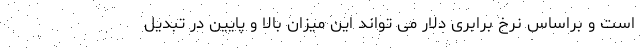
است و براساس نرخ برابری دلار می تواند این میزان بالا و پایین در تبدیل